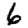
Digit: 6